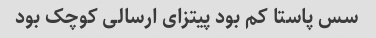
سس پاستا کم بود پیتزای ارسالی کوچک بود